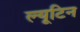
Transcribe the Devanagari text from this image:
ल्यूटिन